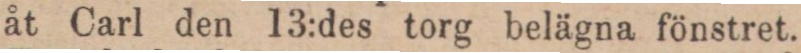
åt Carl den 13:des torg belägna fönstret.